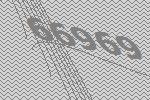
66969